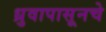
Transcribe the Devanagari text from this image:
ध्रुवापासूनचे